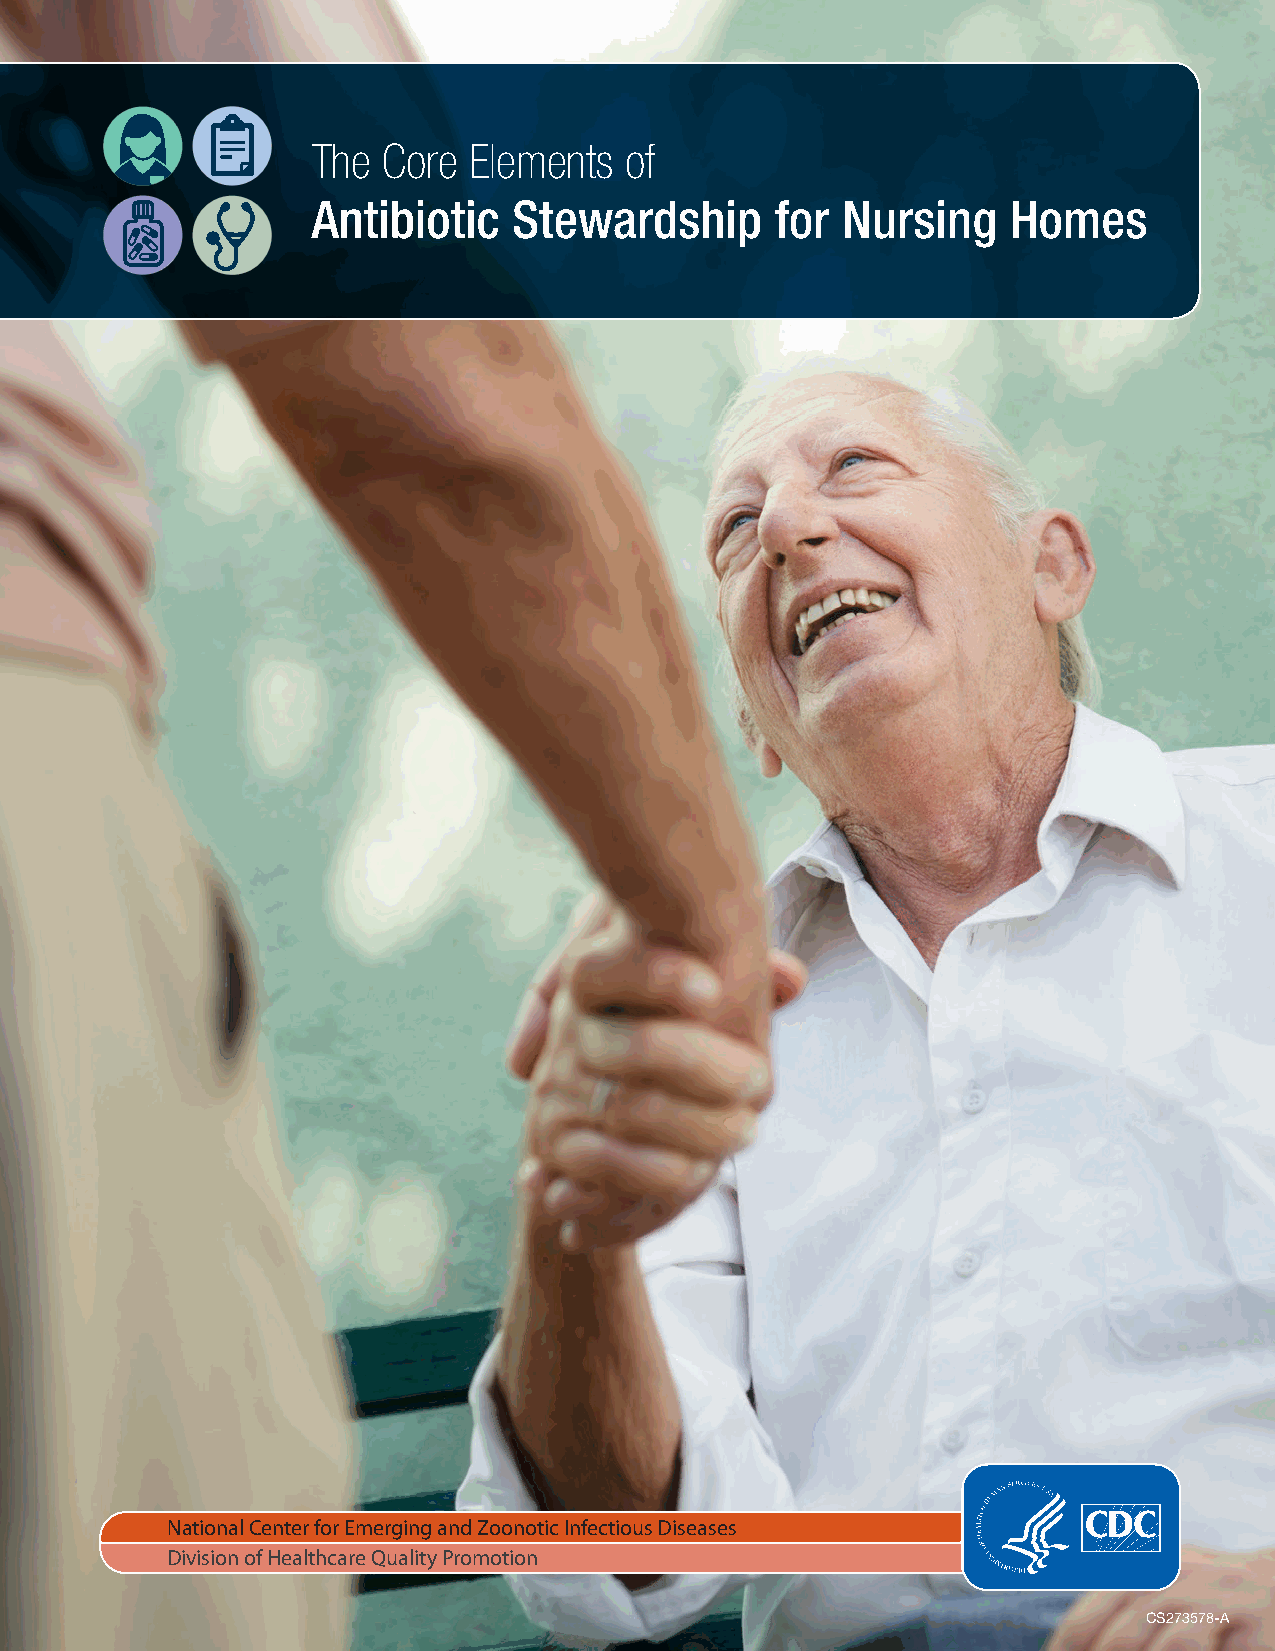
The Core  Elements  of
 Antibiotic   Stewardship      for  Nursing    Homes
 National Center for Emerging and Zoonotic Infectious Diseases
 Division of Healthcare Quality Promotion
 CORE ELEMENTS OF ANTIBIOTIC STEWARDSHIP FOR NURSING HOMES 1
 CS273578-A